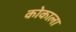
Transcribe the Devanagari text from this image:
कोकाला